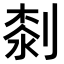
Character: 𠞘